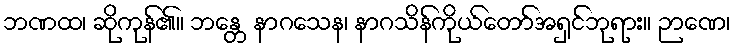
ဘဏထ၊ ဆိုကုန်၏။ ဘန္တေ နာဂသေန၊ နာဂသိန်ကိုယ်တော်အရှင်ဘုရား။ ဉာဏေ၊